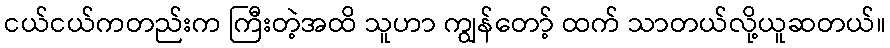
ငယ်ငယ်ကတည်းက ကြီးတဲ့အထိ သူဟာ ကျွန်တော့် ထက် သာတယ်လို့ယူဆတယ်။